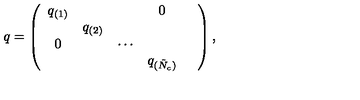
q = \left( \begin{array} { c c c c c } { q _ { ( 1 ) } } & { } & { } & { 0 } & { } \\ { } & { q _ { ( 2 ) } } & { } & { } & { } \\ { 0 } & { } & { \cdots } & { } & { } \\ { } & { } & { } & { q _ { ( \tilde { N } _ { c } ) } } & { } \\ \end{array} \right) ,